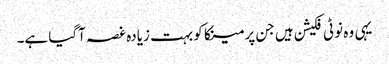
یہی وہ نوٹی فکیشن ہیں جن پر مینکا کو بہت زیادہ غصہ آگیا ہے۔